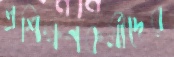
প্রশিক্ষণকর্মীদের